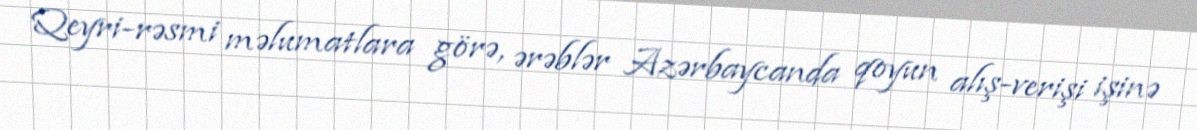
Qeyri-rəsmi məlumatlara görə, ərəblər Azərbaycanda qoyun alış-verişi işinə